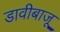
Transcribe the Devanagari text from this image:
डावीबाजू